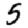
Digit: 5